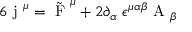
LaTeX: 6 \mathrm { \boldmath ~ j ~ } ^ { \mu } = \tilde { \mathrm { \boldmath ~ F ~ } } ^ { \mu } + 2 \partial _ { \alpha } \; \epsilon ^ { \mu \alpha \beta } \mathrm { \boldmath ~ A ~ } _ { \beta }